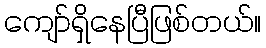
ကျော်ရှိနေပြီဖြစ်တယ်။